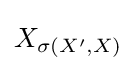
X_{\sigma \left(X^{\prime },X\right)}